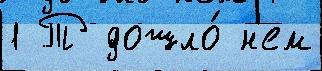
1 Т дошло́ н'ем